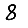
Digit: 8